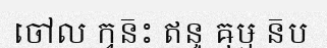
ចៅល ក្វន៑ះ ឥន្ទ ឝុឞ្ម ន៑ប